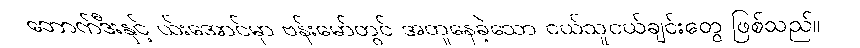
ဘောက်ဒီးနှင့် ယ်းအောင်မှာ ဗန်းမော်တွင် အတူနေခဲ့သော ငယ်သူငယ်ချင်းတွေ ဖြစ်သည်။